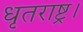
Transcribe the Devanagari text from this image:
धृतराष्ट्र।